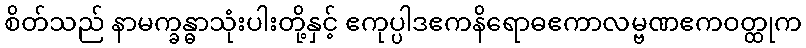
စိတ်သည် နာမက္ခန္ဓာသုံးပါးတို့နှင့် ဧကုပ္ပါဒဧကနိရောဓဧကာလမ္ဗဏဧကဝတ္ထုက